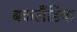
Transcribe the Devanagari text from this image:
बकलैंडिया